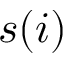
s ( i )